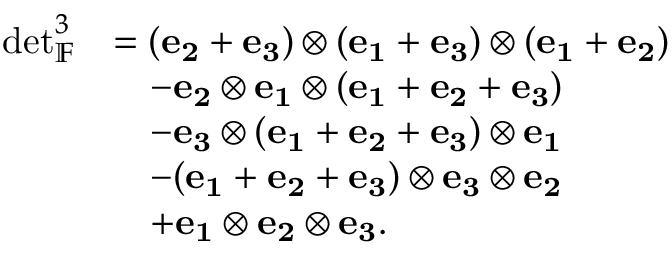
\begin{array} { r l } { \det _ { \mathbb { F } } ^ { 3 } } & { = ( \mathbf { e _ { 2 } } + \mathbf { e _ { 3 } } ) \otimes ( \mathbf { e _ { 1 } } + \mathbf { e _ { 3 } } ) \otimes ( \mathbf { e _ { 1 } } + \mathbf { e _ { 2 } } ) } \\ & { \quad - \mathbf { e _ { 2 } } \otimes \mathbf { e _ { 1 } } \otimes ( \mathbf { e _ { 1 } } + \mathbf { e _ { 2 } } + \mathbf { e _ { 3 } } ) } \\ & { \quad - \mathbf { e _ { 3 } } \otimes ( \mathbf { e _ { 1 } } + \mathbf { e _ { 2 } } + \mathbf { e _ { 3 } } ) \otimes \mathbf { e _ { 1 } } } \\ & { \quad - ( \mathbf { e _ { 1 } } + \mathbf { e _ { 2 } } + \mathbf { e _ { 3 } } ) \otimes \mathbf { e _ { 3 } } \otimes \mathbf { e _ { 2 } } } \\ & { \quad + \mathbf { e _ { 1 } } \otimes \mathbf { e _ { 2 } } \otimes \mathbf { e _ { 3 } } . } \end{array}